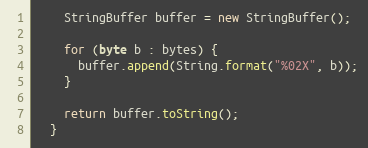
Language: Java
    StringBuffer buffer = new StringBuffer();

    for (byte b : bytes) {
      buffer.append(String.format("%02X", b));
    }

    return buffer.toString();
  }